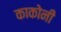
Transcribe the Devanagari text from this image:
काकोनी